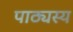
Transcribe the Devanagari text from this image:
पाठ्यस्य